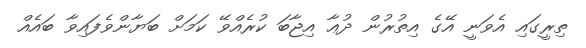
ތިރީގައި އެވަނީ އޭގެ އިތުރުން ދުޢާ އިޖާބަ ކުރެއްވޭ ކަމަށް ބަޔާންވެފައިވާ ބައެއް